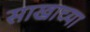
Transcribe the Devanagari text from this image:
साखाच्या